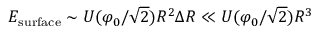
E _ { \mathrm { s u r f a c e } } \sim U ( \varphi _ { 0 } / { \sqrt { 2 } } ) R ^ { 2 } \Delta R \ll U ( \varphi _ { 0 } / { \sqrt { 2 } } ) R ^ { 3 }